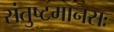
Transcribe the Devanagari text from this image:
संतुष्टमानसः